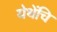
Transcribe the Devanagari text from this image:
येथेंचि